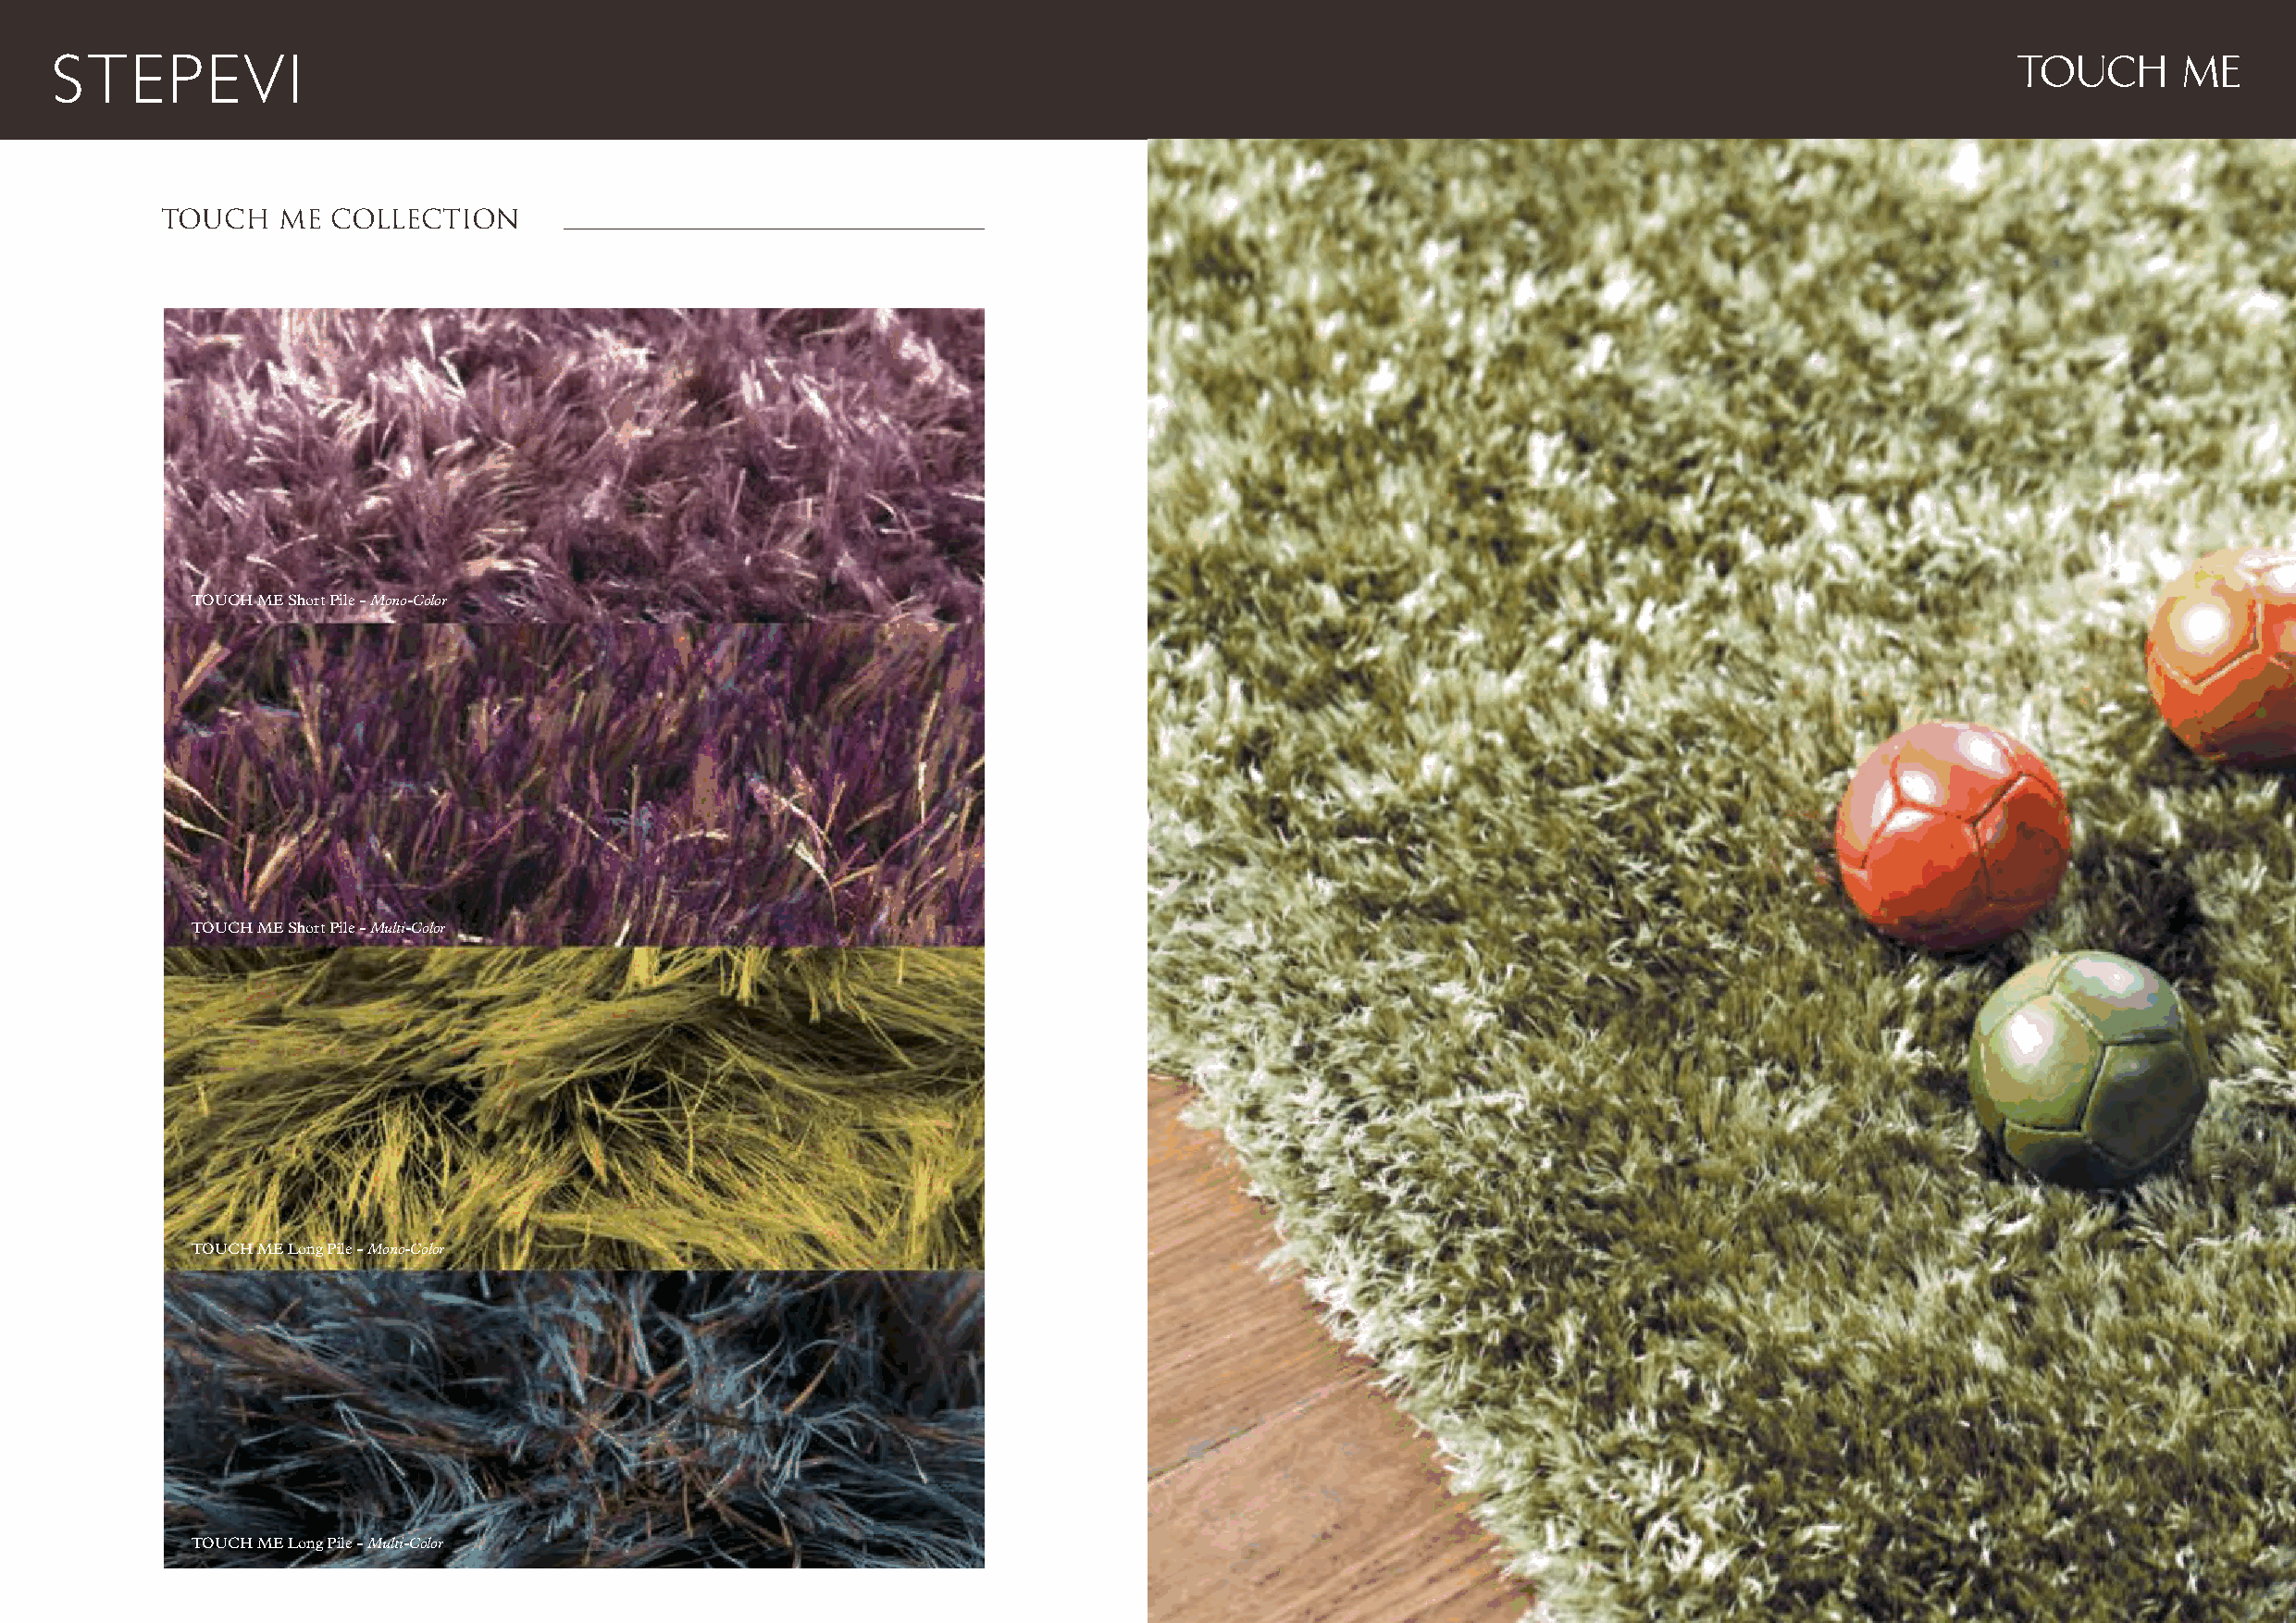
TOUCH       ME
 TOUCH   ME  COLLECTION
 TOUCH ME Short Pile - Mono-Color
 TOUCH ME Short Pile - Multi-Color
 TOUCH ME Long Pile - Mono-Color
 TOUCH ME Long Pile - Multi-Color